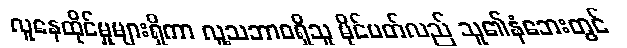
လူနေထိုင်မှုများရှိကာ လူ့သဘာဝရှိသူ မိုင်ပတ်လည် သူ၏နံဘေးတွင်